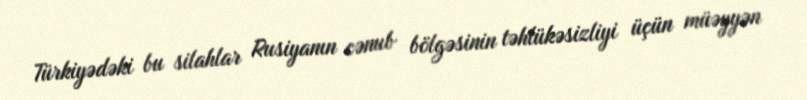
Türkiyədəki bu silahlar Rusiyanın cənub bölgəsinin təhlükəsizliyi üçün müəyyən